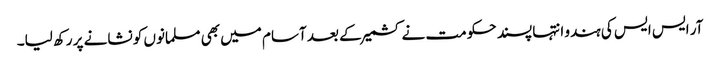
آر ایس ایس کی ہندو انتہا پسند حکومت نے کشمیر کے بعد آسام میں بھی مسلمانوں کو نشانے پر رکھ لیا۔